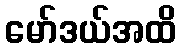
မော်ဒယ်အထိ